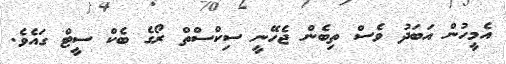
އެމީހުން އަބަދު ވެސް ތިބެން ޖެހޭނީ ސިކްސްތް ރޯގެ ބެކް ސީޓް ގައެވެ.